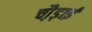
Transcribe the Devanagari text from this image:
चौ़ड़ाई